Annual report of the Punjab Veterinary College and of the Civil Veterinary Department, Punjab - 1920-1925
Year: 1920
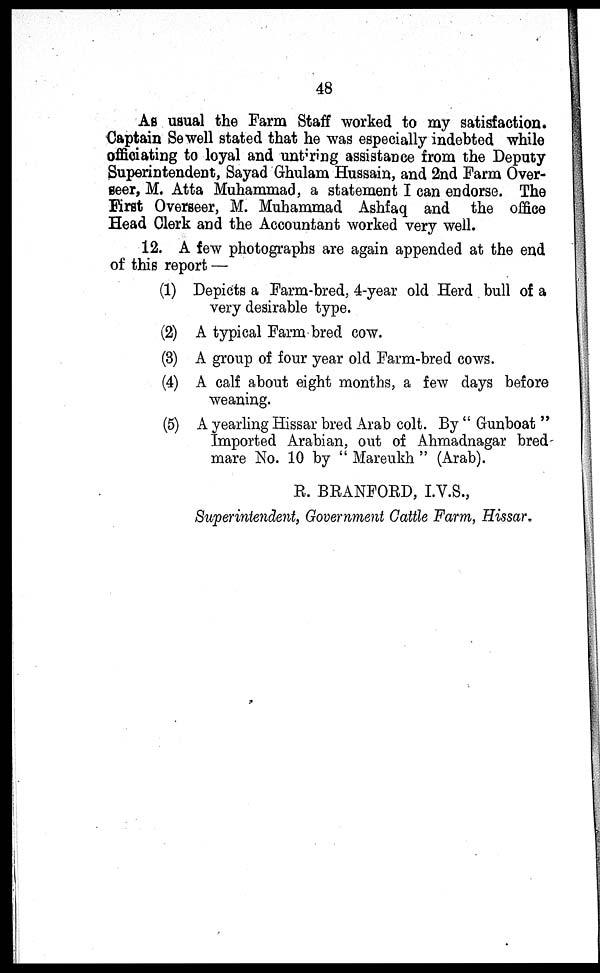
48
As usual the Farm Staff worked to my satisfaction.
Captain Sewell stated that he was especially indebted while
officiating to loyal and untiring assistance from the Deputy
Superintendent, Sayad Ghulam Hussain, and 2nd Farm Over-
seer, M. Atta Muhammad, a statement I can endorse. The
First Overseer, M. Muhammad Ashfaq and the office
Head Clerk and the Accountant worked very well.
12. A few photographs are again appended at the end
of this report —
(1) Depicts a Farm-bred, 4-year old Herd bull of a
very desirable type.
(2) A typical Farm bred cow.
(3) A group of four year old Farm-bred cows.
(4) A calf about eight months, a few days before
weaning.
(5) A yearling Hissar bred Arab colt. By "Gunboat"
Imported Arabian, out of Ahmadnagar bred-
mare No. 10 by "Mareukh" (Arab).
R. BRANFORD, I.V.S.,
Superintendent, Government Cattle Farm, Hissar.